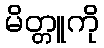
မိတ္တူကို